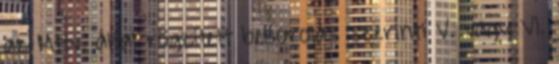
az Mttv. által rögzített besorolás szerinti V. vagy VI.